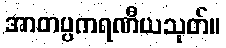
အာတပ္ပကရဏီယသုတ်။